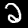
Digit: 2